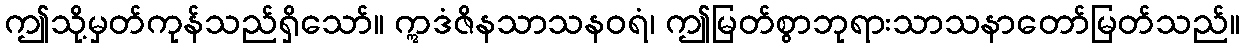
ဤသို့မှတ်ကုန်သည်ရှိသော်။ ဣဒံဇိနသာသနဝရံ၊ ဤမြတ်စွာဘုရားသာသနာတော်မြတ်သည်။